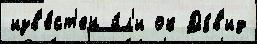
изв'е́ст'ен и́л'и ок Дэ́в'ид